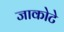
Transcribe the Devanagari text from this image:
जाकोटे